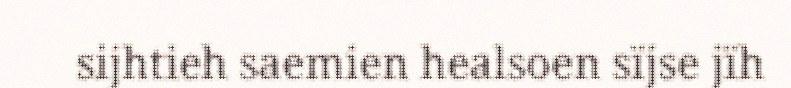
sijhtieh saemien healsoen sïjse jïh